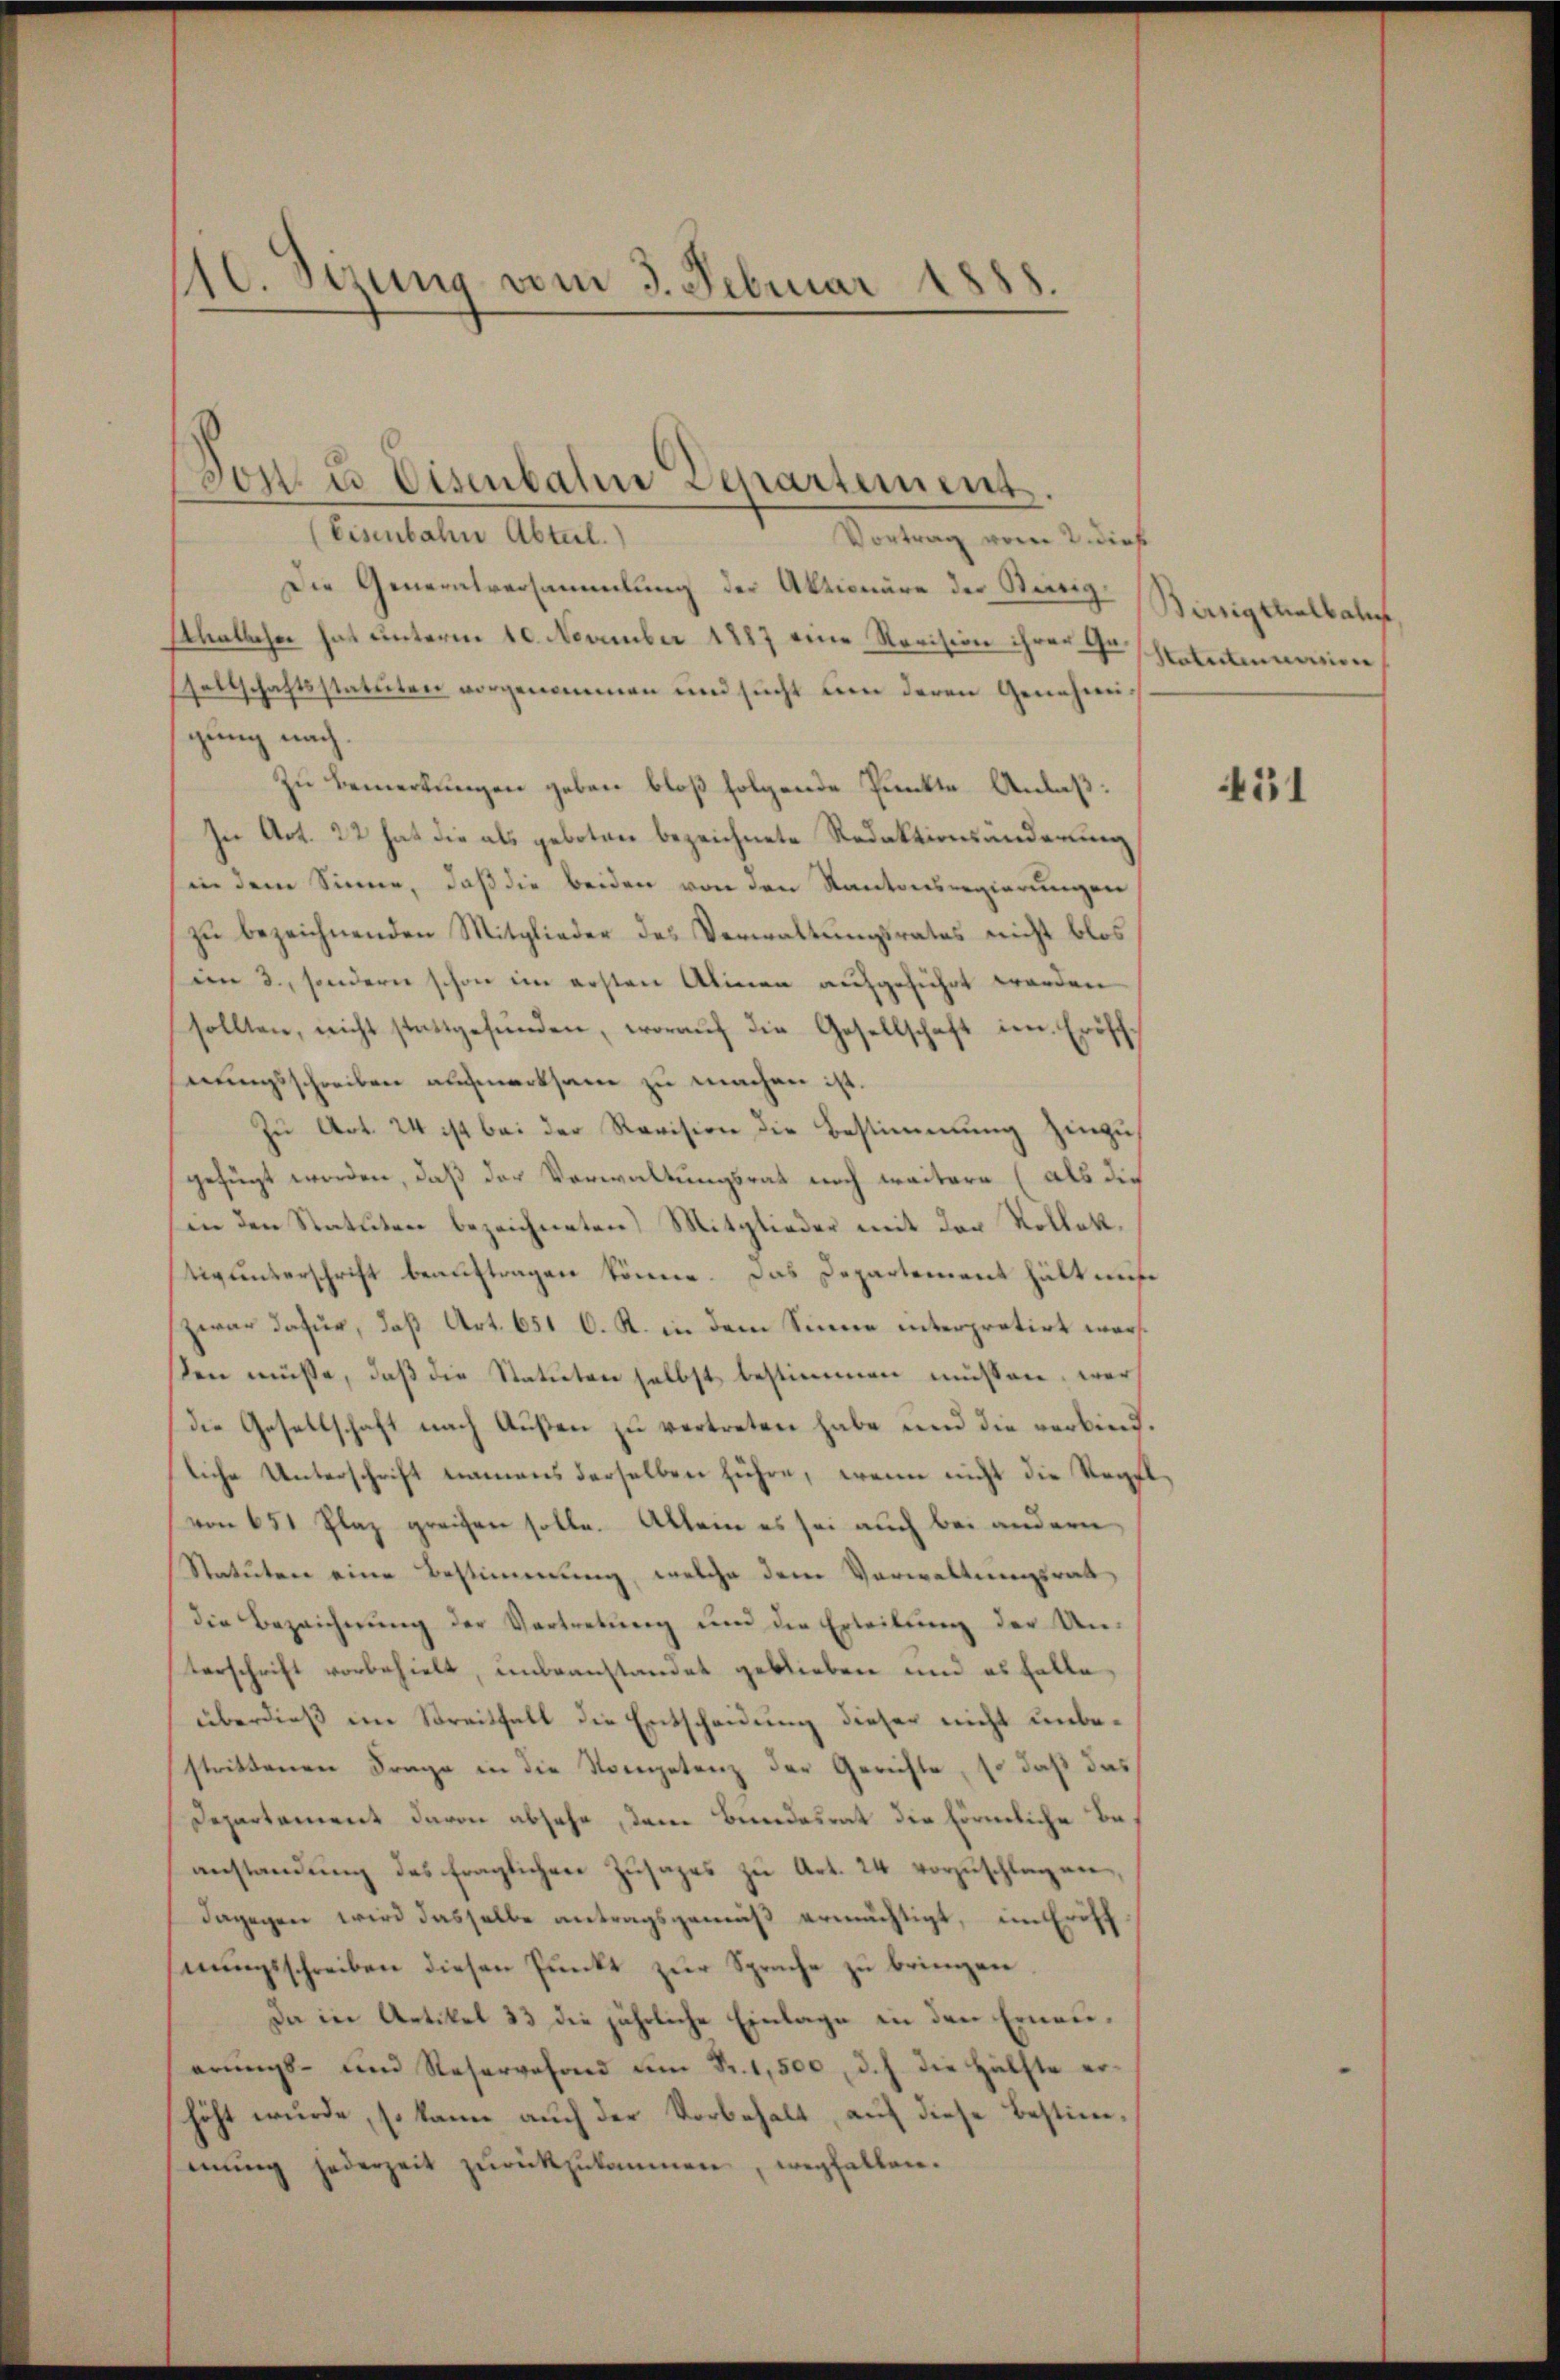
10. Sizung vom 3. Februar 1
.

(Eisenbahn Abteil.)
Vortrag vom 2. dies
Die Generalversammlung der Aktionäre der Berg-Birriginalbah
Aballser hat unterm 10. November 1887 eine Revision ihrer Geschlattmann
sellschaftsstatuten vorgenommen und sucht um deren Genehmigung nach
Zu Bemerkungen geben bloß folgende Punkte Anlaß:
In Art. 22 hat die als geboten bezeichnete Redaktionsänderung
in dem Sinne, daß die beiden von den Kantonsregierungen
zu bezeichnenden Mitglieder des Verwaltungsrates nicht blos
in 3., sondern schon im ersten Alinen aufgeführt werden
sollten, nicht stattgefŭnden, woraŭf die Gesellschaft im Eröffhnungsschreiben aufmerksam zu machen ist.
Zu Art. 24 ist bei der Revision die Bestimmung hinzus
gefügt worden, daß der Verwaltungsrat noch weitere (als die
in den Statuten bezeichneten Mitglieder mit der Kollett.
tigunterschrift beauftragen könne. Das Departement hält aus
zwar dafür, daß Art. 651 C. R. in dem Sinne interpretirt worssen müsse, daß die Statuten selbst bestimmen müssen, wer
die Gesellschaft nach Außen zu vertreten habe und die verbind.
liche Unterschrift namens derselben führe, wenn nicht die Regel
von 651 Plaz greifen solle. Allein es sei auch bei andern
Statuten eine Bestimmung, welche dem Verwaltungsrat
die Bezeichnung der Vertretung und die Erteilung der Unterschrift vorbehielt, unbeanstandet geblieben und es helle,
überdieß im Streitfall die Entscheidung dieser nicht unbestrittenen Frage in die Nompetenz der Gerichte, so daß das
Departement davon absehe, dem Bundesrat die förmliche Beanstandung des fraglichen Zusages zu Art. 24 vorzuschlagen,
dagegen wird dasselbe antragsgemäß ermächtigt, im Eröff
nungsschreiben diesen Punkt zur Sprache zu bringen.
Da in Artikel 33 die jährliche Einlage in den Erneuerungs- und Reservefond um Fr. 1,500, d. h. die Hälfte erhöht wurde, so kann auch der Vorbehalt, auf diese Bestimmŭng jederzeit zurückzukommen, wegfallen.

von u. Eisenbahn Departement.

451